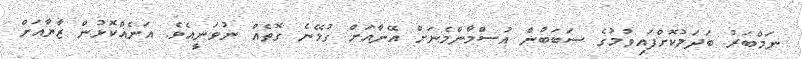
ނަމްބަރު ބަދަލުކޮށްފައިވުމުގެ ސަބަބުން އުސްމާންމެނަށް އޭނާއަށް ގުޅޭނެ ގޮތެއް ނުވަނީއެވެ. އަނެއްކޮޅުން ޒާޔާއަށް